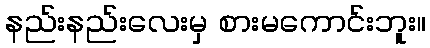
နည်းနည်းလေးမှ စားမကောင်းဘူး။